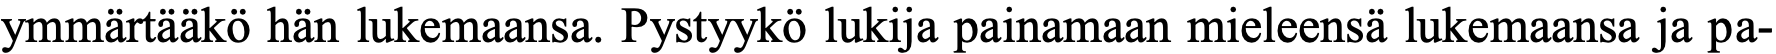
ymmärtääkö hän lukemaansa. Pystyykö lukija painamaan mieleensä lukemaansa ja pa-